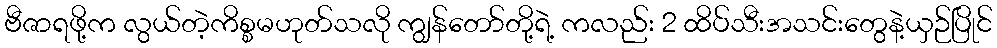
ဗီဇာရဖို့က လွယ်တဲ့ကိစ္စမဟုတ်သလို ကျွန်တော်တို့ရဲ့ ကလည်း 2 ထိပ်သီးအသင်းတွေနဲ့ယှဉ်ပြိုင်